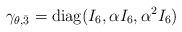
LaTeX: \begin{align*}\gamma_{\theta,\bar{3}}={\rm diag}(I_6,\alpha I_6,\alpha^2 I_6)\end{align*}